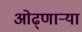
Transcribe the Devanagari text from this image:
ओढ्णार्‍या